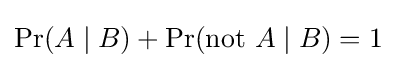
\Pr(A\mid B)+\Pr({\text{not }}A\mid B)=1